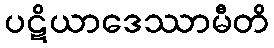
ပဋိယာဒေဿာမီတိ